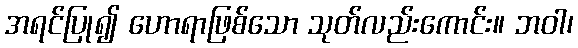
အရင်ပြု၍ ဟောရာဖြစ်သော သုတ်လည်းကောင်း။ ဘဝါ၊